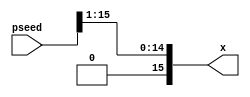
`timescale 1ns / 1ps
//////////////////////////////////////////////////////////////////////////////////
// Company: 
// Engineer: 
// 
// Design Name: 
// Module Name:    rightshift 
// Project Name: 
// Target Devices: 
// Tool versions: 
// Description: 
//
// Dependencies: 
//
// Revision: 
// Revision 0.01 - File Created
// Additional Comments: 
//
//////////////////////////////////////////////////////////////////////////////////
module rightshift(x,pseed);
input[15:0] pseed;
output [15:0] x;
assign x = pseed>>1;
endmodule